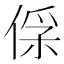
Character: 𠊻